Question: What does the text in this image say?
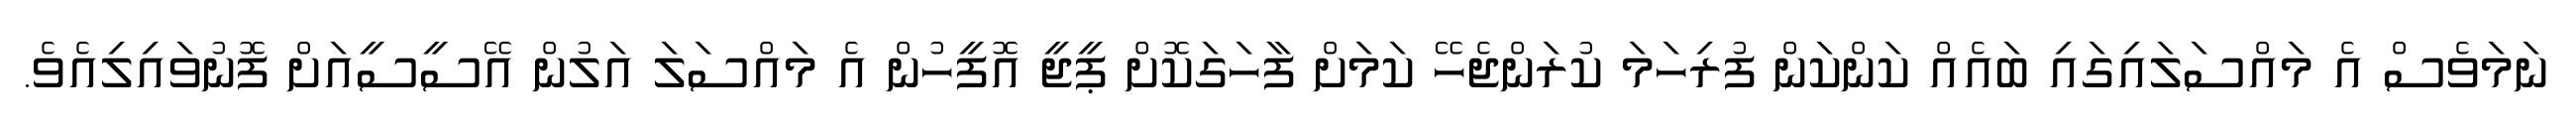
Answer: ނަމަވެސް އެ މައްސަލައިގައި ބައެއް ކަންކަން ފުރިހަމަ ކުރަންޖެހޭ ކަމަށް ފާހަގަކޮށް ޕީޖީ އޮފީހުން އެ މައްސަލަ އަލުން އޭސީސީއަށް ފޮނުވައިލިއެވެ.